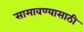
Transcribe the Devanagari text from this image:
सामावण्यासाठी